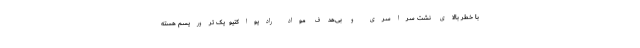
با خطر بالای نشت سراسری و بی‌هدف مواد رادیواکتیو  یک تروریسم هسته